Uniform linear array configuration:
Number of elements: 64
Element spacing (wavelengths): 0.25
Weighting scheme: kaiser
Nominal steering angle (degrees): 45
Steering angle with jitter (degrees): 43.7
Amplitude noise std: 0.05
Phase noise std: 0.05

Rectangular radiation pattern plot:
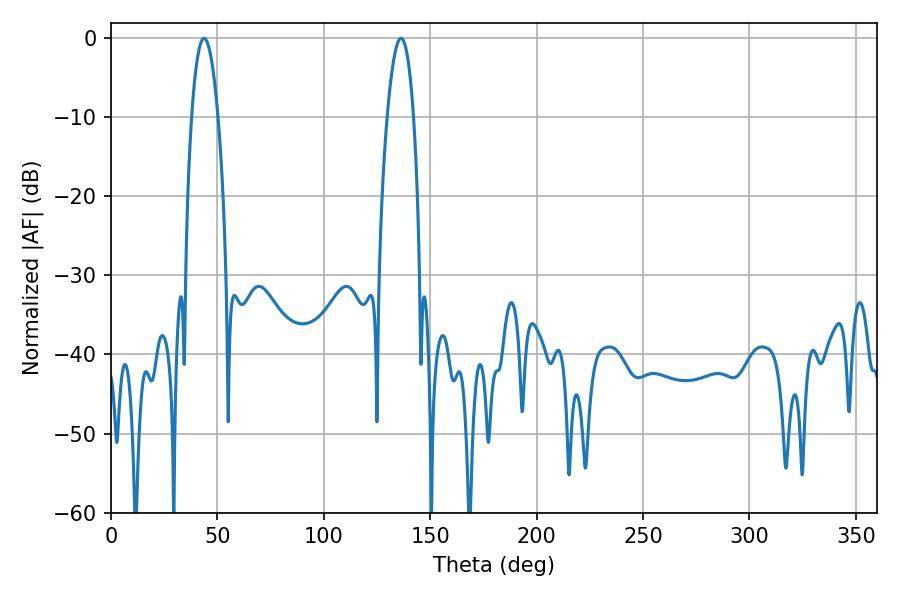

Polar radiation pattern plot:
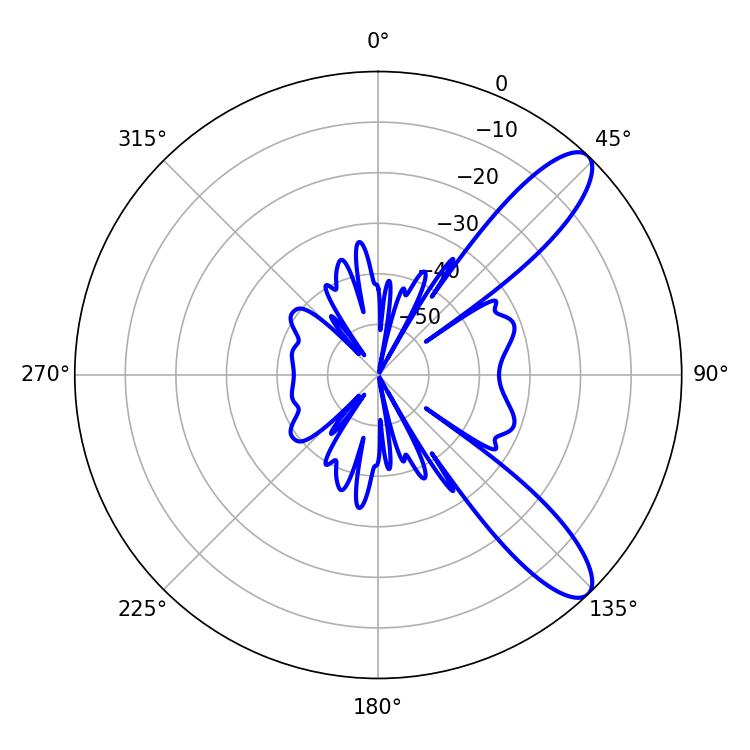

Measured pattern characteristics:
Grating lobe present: FALSE
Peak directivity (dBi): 10.491
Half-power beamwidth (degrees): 7.02
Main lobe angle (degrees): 43.74